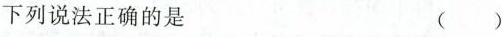
下列说法正确的是 ( )